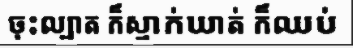
ចុះល្បាត ក៏ស្ទាក់ឃាត់ ក៏ឈប់